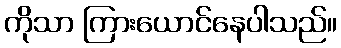
ကိုသာ ကြားယောင်နေပါသည်။